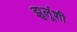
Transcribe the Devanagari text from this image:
झुलूंशी